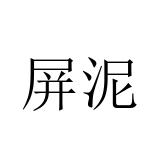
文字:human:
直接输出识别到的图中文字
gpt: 屏泥